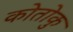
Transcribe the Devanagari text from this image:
कोतोकु